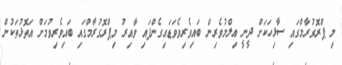
މި ޕްރޮގުރާމްގައި ސާޅިހަކަށް ދީނީ ޢިލްމުވެރިން ބައިވެރިވެވަޑައިގެންފައި ވާއިރު މިޕްރޮގުރާމްގައި ބައިވެރިވުމަށް އަތޮޅުތަކުން